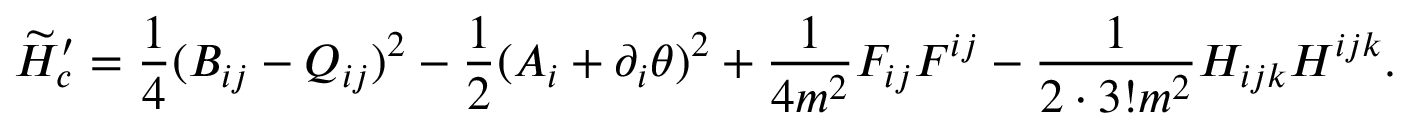
\widetilde { H } _ { c } ^ { \prime } = \frac { 1 } { 4 } ( B _ { i j } - Q _ { i j } ) ^ { 2 } - \frac { 1 } { 2 } ( A _ { i } + \partial _ { i } \theta ) ^ { 2 } + \frac { 1 } { 4 m ^ { 2 } } F _ { i j } F ^ { i j } - \frac { 1 } { 2 \cdot 3 ! m ^ { 2 } } H _ { i j k } H ^ { i j k } .